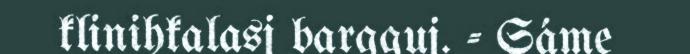
klinihkalasj bargguj. - Sáme